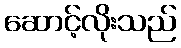
ဆောင့်လိုးသည်